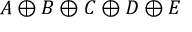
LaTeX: A \oplus B \oplus C \oplus D \oplus E